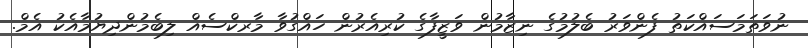
ނުވަތަމަސައްކަތު ފެންވަރު ބެލުމުގެ ނިޒާމުން ވަޒީފާގެ ކުރިއެރުން ހައްގުވާ މާރކްސެއް ލިބެމުންދިޔުމާއެކު އެމް.